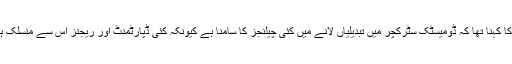
ان کا کہنا تھا کہ ڈومیسٹک سٹرکچر میں تبدیلیاں لانے میں کئی چیلنجز کا سامنا ہے کیونکہ کئی ڈپارٹمنٹ اور ریجنز اس سے منسلک ہیں۔